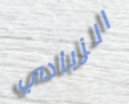
الزبادي